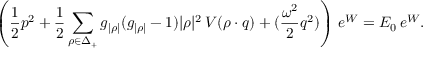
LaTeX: \left( { \frac { 1 } { 2 } } p ^ { 2 } + { \frac { 1 } { 2 } } \sum _ { \rho \in \Delta _ { + } } g _ { | \rho | } ( g _ { | \rho | } - 1 ) | \rho | ^ { 2 } \, V ( \rho \cdot q ) + ( { \frac { \omega ^ { 2 } } { 2 } } q ^ { 2 } ) \right) \, e ^ { W } = { \cal E } _ { 0 } \, e ^ { W } .